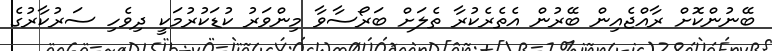
ބޭނުންކޮށް ރާއްޖެއިން ބޭރުން އެތެރެކުރާ ތެލަށް ބަރޯސާވާ މިންވަރު ކުޑަކުރުމަކީ ދިވެހި ސަރުކާރުގެ